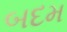
બદમ